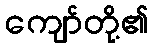
ကျော်တို့၏